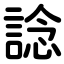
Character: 諗